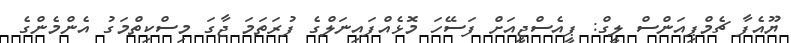
ޔޫއެފާ ޗެމްޕިއަންސް ލީގް: ޕީއެސްޖީއަށް ފަސޭހަ މޮޅެއްފައިނަލްގެ ފުރަތަމަ ޖާގަ މިސްކިތްމަގު އެންމެންގެ